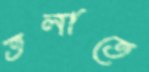
তলাতে